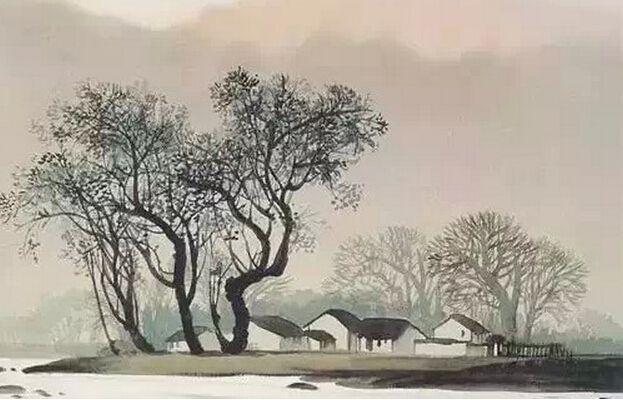
冉冉年时暮，迢迢天路征。